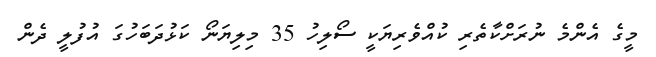
މީގެ އެންމެ ނުރަށްކާތެރި ކުއްވެރިޔަކީ ސޯލިހު 35 މިލިޔަނޯ ކަޅުދަބަހުގަ އުފުލީ ދެން